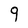
Character: 9